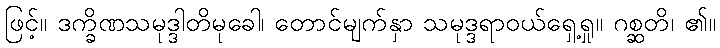
ဖြင့်။ ဒက္ခိဏသမုဒ္ဒါတိမုခေါ၊ တောင်မျက်နှာ သမုဒ္ဒရာဝယ်ရှေ့ရှု။ ဂစ္ဆတိ၊ ၏။